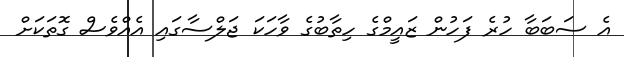
އެ ސަބަބާ ހުރެ ފަހުން ޒައީމްގެ ހިތާބުގެ ވާހަކަ ޖަލްސާގައި އެއްވެސް ގޮތަކަށް